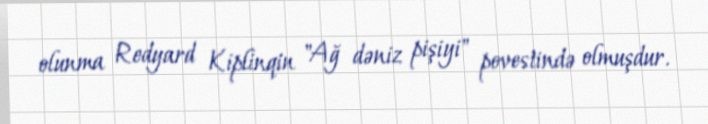
olunma Redyard Kiplinqin "Ağ dəniz pişiyi" povestində olmuşdur.